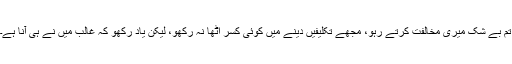
تم بے شک میری مخالفت کرتے رہو، مجھے تکلیفیں دینے میں کوئی کسر اٹھا نہ رکھو، لیکن یاد رکھو کہ غالب مَیں نے ہی آنا ہے۔